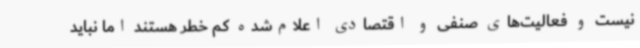
نیست و فعالیت‌های صنفی و اقتصادی اعلام‌شده کم خطر هستند اما نباید